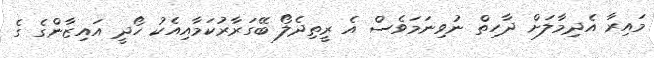
މައިރާ އެދިމާލަށް ދާހިތް ނުވިނަމަވެސް އެ ރީތިދެލޯ ބޭގަރާރުކަމާއިއެކު ހޯދީ އައިޒާންގެ ގެ